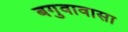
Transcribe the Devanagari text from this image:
बगुवावासा